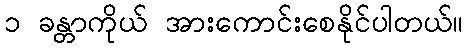
၁ ခန္တာကိုယ် အားကောင်းစေနိုင်ပါတယ်။